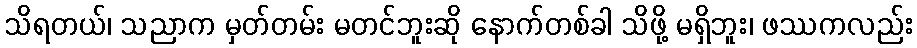
သိရတယ်၊ သညာက မှတ်တမ်း မတင်ဘူးဆို နောက်တစ်ခါ သိဖို့ မရှိဘူး၊ ဖဿကလည်း